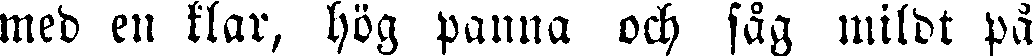
med en klar, hög panna och såg mildt på